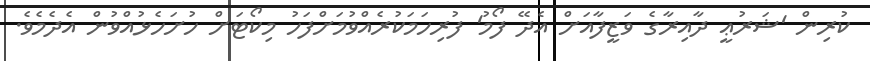
ކުރިން 'ޝަރުޢީ ދާއިރާގެ ވަޒީފާއަށް އެދޭ ފޯމު' ފުރިހަމަކުރެއްވުމަށްފަހު މިކޯޓަށް ހުށަހެޅުއްވުން އެދެމެވެ.